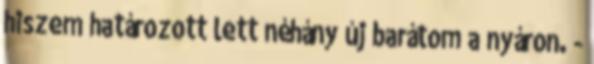
hiszem határozott lett néhány új barátom a nyáron. -